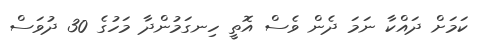
ކަމަށް ދައްކާ ނަމަ ދެން ވެސް އޮތީ ހިނގަމުންދާ މަހުގެ 30 ދުވަސް